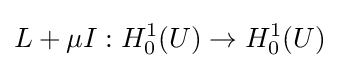
L+\mu I:H_{0}^{1}(U)\rightarrow H_{0}^{1}(U)